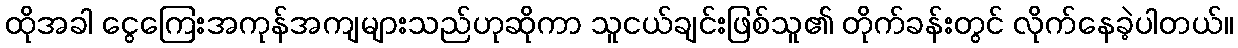
ထိုအခါ ငွေကြေးအကုန်အကျများသည်ဟုဆိုကာ သူငယ်ချင်းဖြစ်သူ၏ တိုက်ခန်းတွင် လိုက်နေခဲ့ပါတယ်။